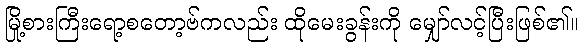
မြို့စားကြီးရော့စတော့ဗ်ကလည်း ထိုမေးခွန်းကို မျှော်လင့်ပြီးဖြစ်၏။